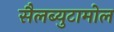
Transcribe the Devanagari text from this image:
सैलब्युटामोल